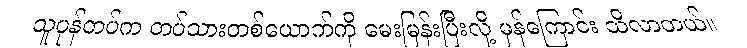
သူပုန်တပ်က တပ်သားတစ်ယောက်ကို မေးမြန်းပြီးလို့ မှန်ကြောင်း သိလာတယ်။